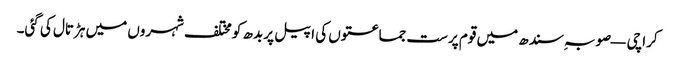
کراچی — صوبہ ِسندھ میں قوم پرست جماعتوں کی اپیل پر بدھ کو مختلف شہروں میں ہڑتال کی گئی۔